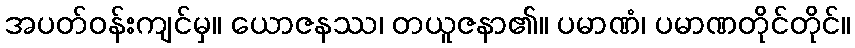
အပတ်ဝန်းကျင်မှ။ ယောဇနဿ၊ တယူဇနာ၏။ ပမာဏံ၊ ပမာဏတိုင်တိုင်။